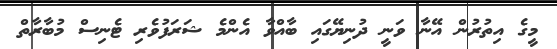
މީގެ އިތުރުން އޭނާ ވަނީ ދުނިޔޭގައި ބާއްވާ އެންމެ ޝަރަފުވެރި ޓެނިސް މުބާރާތް